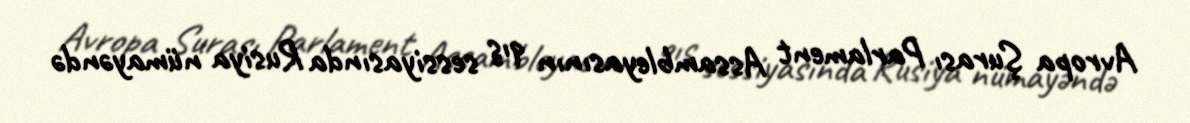
Avropa Şurası Parlament Assambleyasının qış sessiyasında Rusiya nümayəndə